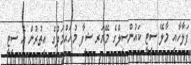
ފަލާހާއި މާލޭ ސިޓީ ކައުންސިލްގެ މޭޔަރ ޝިފާ މުހައްމަދުގެ އިތުރުން އެ ސިޓީ